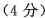
(4分)